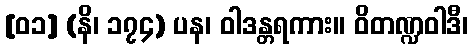
[၀၁] (နိ၊ ၁၇၄) ပန၊ ဝါဒန္တရကား။ ဝိတဏ္ဍဝါဒီ၊